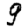
Digit: 9